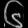
Digit: ၆